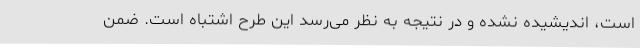
است، اندیشیده نشده و در نتیجه به نظر می‌رسد این طرح اشتباه است. ضمن